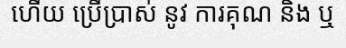
ហើយ ប្រើប្រាស់ នូវ ការគុណ និង ឬ